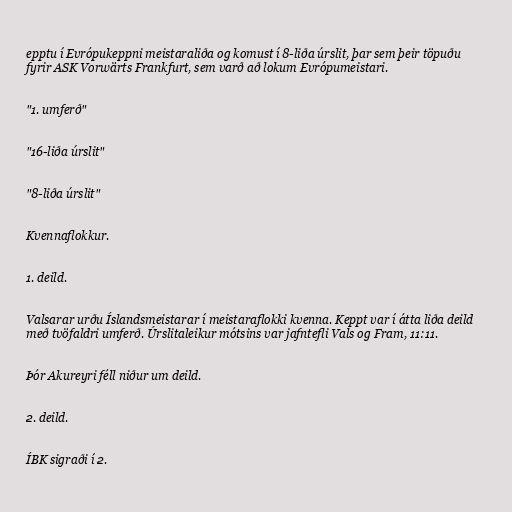
epptu í Evrópukeppni meistaraliða og komust í 8-liða úrslit, þar sem þeir töpuðu
fyrir ASK Vorwärts Frankfurt, sem varð að lokum Evrópumeistari.

"1. umferð"

"16-liða úrslit"

"8-liða úrslit"

Kvennaflokkur.

1. deild.

Valsarar urðu Íslandsmeistarar í meistaraflokki kvenna. Keppt var í átta liða deild
með tvöfaldri umferð. Úrslitaleikur mótsins var jafntefli Vals og Fram, 11:11.

Þór Akureyri féll niður um deild.

2. deild.

ÍBK sigraði í 2.